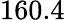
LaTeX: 160.4